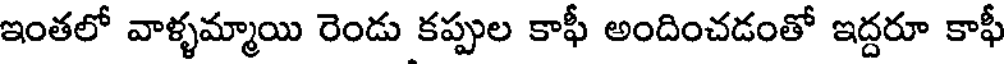
ఇంతలో వాళ్ళమ్మాయి రెండు కప్పుల కాఫీ అందించడంతో ఇద్దరూ కాఫీ